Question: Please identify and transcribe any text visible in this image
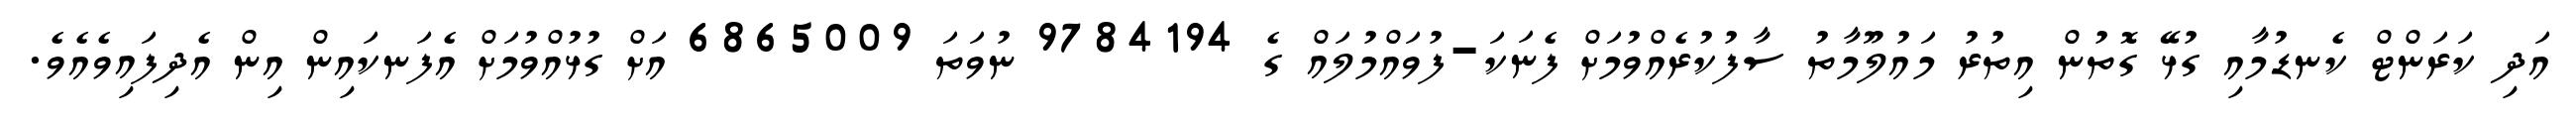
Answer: އަދި ކަރަންޓް ކެނޑުމާއި ގުޅޭ ގޮތުން އިތުރު މައުލޫމާތު ސާފުކުރެއްވުމަށް ފެނަކަ-ފުވައްމުލައް ގެ 9784194 ނުވަތަ 6865009 އަށް ގުޅުއްވުމަށް އެފަނކައިން އިން އެދިފައިވެއެވެ.